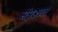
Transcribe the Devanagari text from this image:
संपुष्ठात